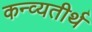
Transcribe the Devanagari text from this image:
कन्व्यतीर्थ